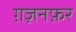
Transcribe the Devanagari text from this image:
ग़ज़नफ़र